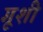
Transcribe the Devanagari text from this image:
गूशी